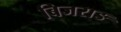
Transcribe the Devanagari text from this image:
बिजराङ